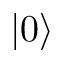
| 0 \rangle